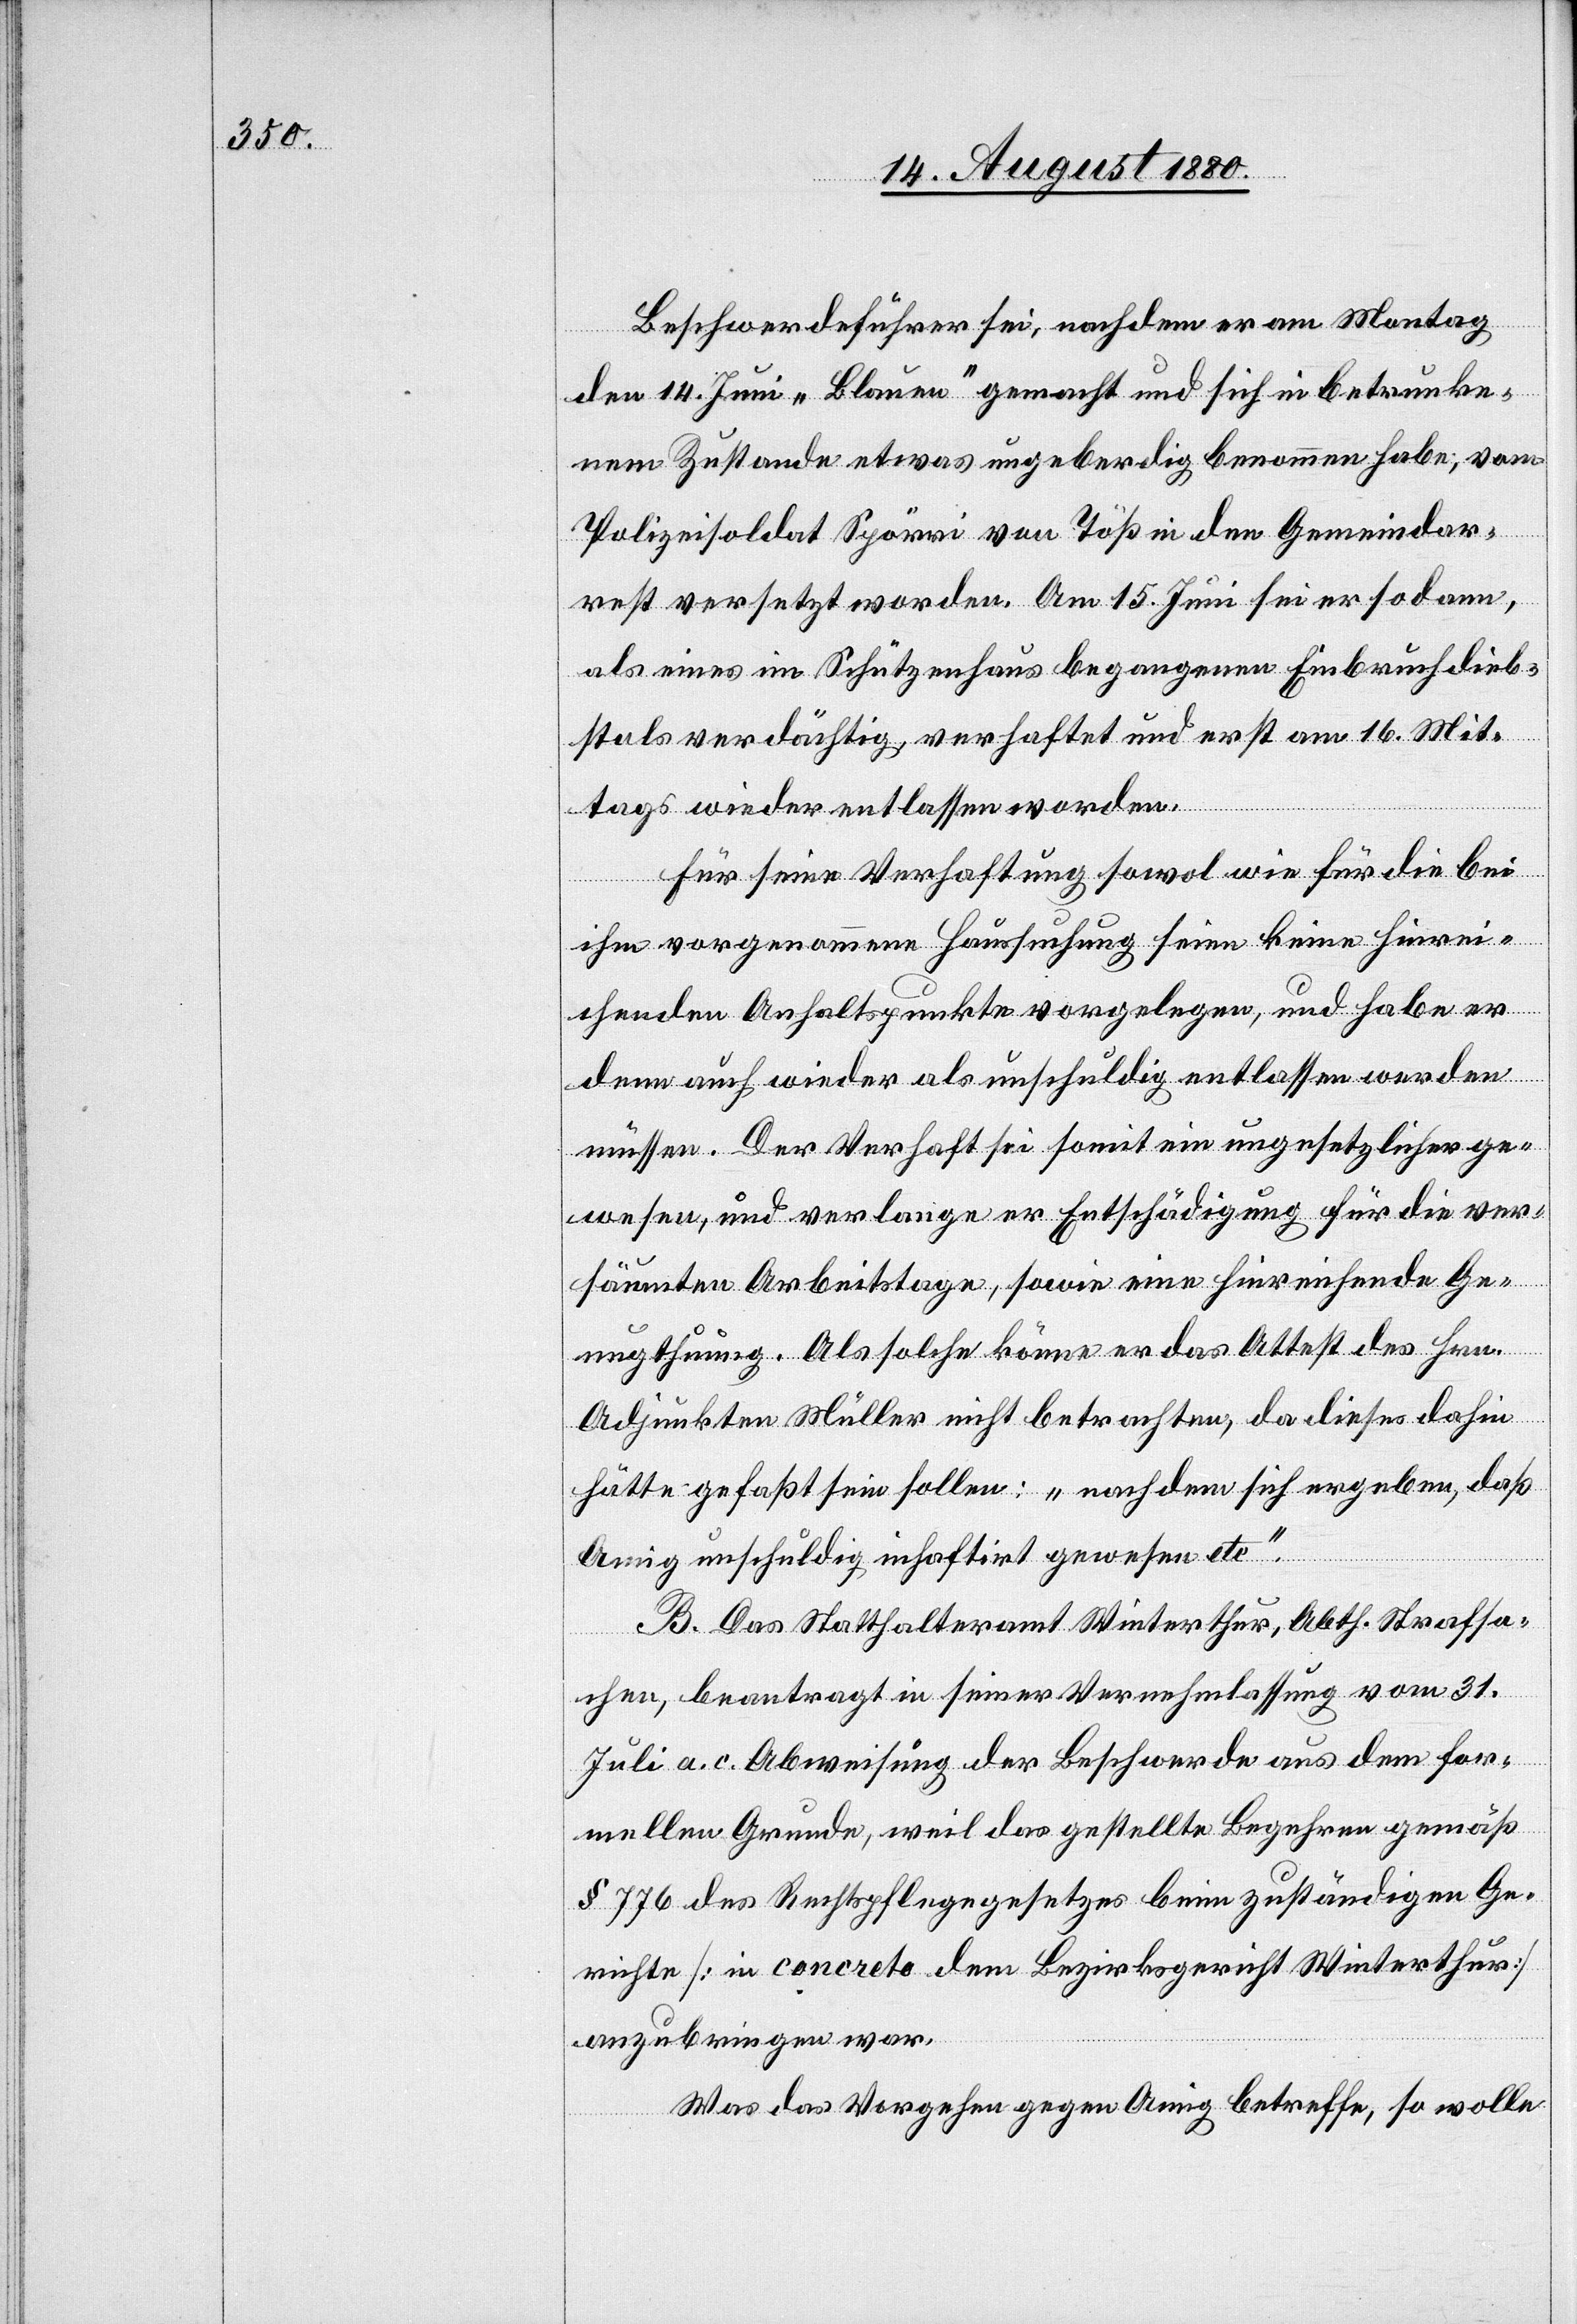
rest
Beschwerdeführer sei, nachdem er am Montag
den 14. Juni „Blauen“ gemacht und sich in betrunke¬
nem Zustande etwas ungeberdig benommen habe, von
Polizeisoldat Spörri von Töß in den Gemeindar¬
worden.
Für seine Verhaftung sowol wie für die bei
ihm vorgenommene Haussuchung seien keine hinrei¬
chenden Anhaltspunkte vorgelegen, und habe er
denn auch wieder als unschuldig entlassen werden
müssen. Der Verhaft sei somit ein ungesetzlicher ge¬
wesen, und verlange er Entschädigung für die ver¬
säumten Arbeitstage, sowie eine hinreichende Ge¬
nugthuung. Als solche könne er das Attest der Hrn.
Adjunkten Müller nicht betrachten, da dieses dahin
hätte gefaßt sein sollen: „nachdem sich ergeben, daß
Amig unschuldig inhaftirt gewesen etc“.
B. Das Statthalteramt Winterthur Abth. Strafsa¬
chen, beantragt in seiner Vernehmlassung vom 31.
Juli a. c. Abweisung der Beschwerde aus dem for¬
mellen Grunde, weil das gestellte Begehren gemäß
§ 776 des Rechtspflegegesetzes beim zuständigen Ge¬
richte [in concreto dem Bezirksgericht Winterthur]
anzubringen war.
Was das Vorgehen gegen Amig betreffe, so wolle